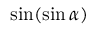
\sin ( \sin \alpha )